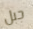
جبل